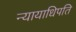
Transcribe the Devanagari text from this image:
न्यायाधिपति